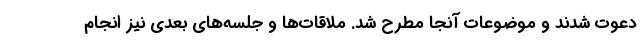
دعوت شدند و موضوعات آنجا مطرح شد. ملاقات‌ها و جلسه‌های بعدی نیز انجام